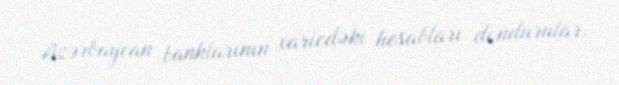
Azərbaycan banklarının xaricdəki hesabları dondurular.